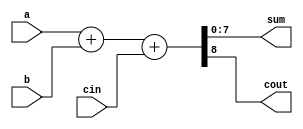
`timescale 1ns / 1ps
/*8bit adder module,*/
module cont_8bit_adder(sum, cout, a, b, cin);
    /*port,input, output*/
    input [7:0] a, b;
    input cin;
    output [7:0] sum;
    output cout;
    
    /*abcin,cout8bit,sum0~7bit*/
    assign {cout,sum} = a+b+cin;
    
endmodule